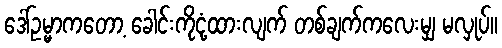
ဒေါ်ဥမ္မာကတော့ ခေါင်းကိုငုံ့ထားလျက် တစ်ချက်ကလေးမျှ မလှုပ်။